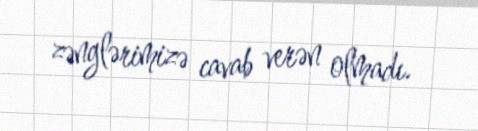
zənglərimizə cavab verən olmadı.